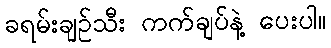
ခရမ်းချဉ်သီး ကက်ချပ်နဲ့ ပေးပါ။